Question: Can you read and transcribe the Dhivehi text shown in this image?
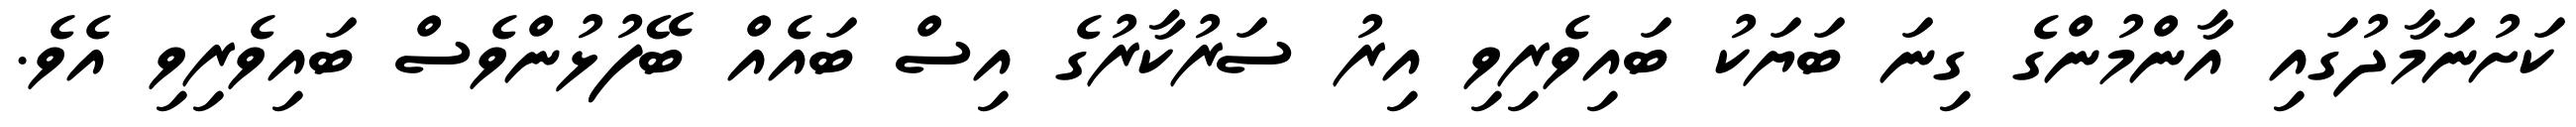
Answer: ކަށުނަމާދުގައި އާންމުންގެ ގިނަ ބަޔަކު ބައިވެރިވި އިރު ސަރުކާރުގެ އިސް ބައެއް ބޭފުޅުންވެސް ބައިވެރިވި އެވެ.